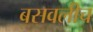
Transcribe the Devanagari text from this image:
बसवलीच